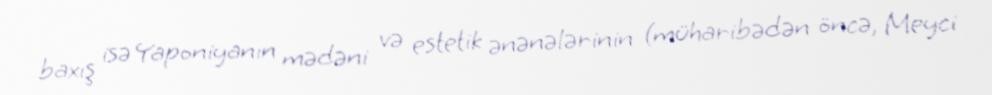
baxış isə Yaponiyanın mədəni və estetik ənənələrinin (müharibədən öncə, Meyci